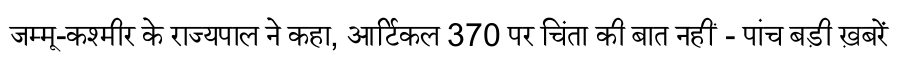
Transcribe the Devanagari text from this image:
जम्मू-कश्मीर के राज्यपाल ने कहा, आर्टिकल 370 पर चिंता की बात नहीं - पांच बड़ी ख़बरें